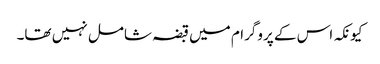
کیونکہ اس کے پروگرام میں قبضہ شامل نہیں تھا۔